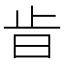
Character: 𣥜